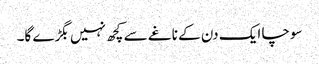
سوچا ایک دن کے ناغے سے کچھ نہیں بگڑے گا۔